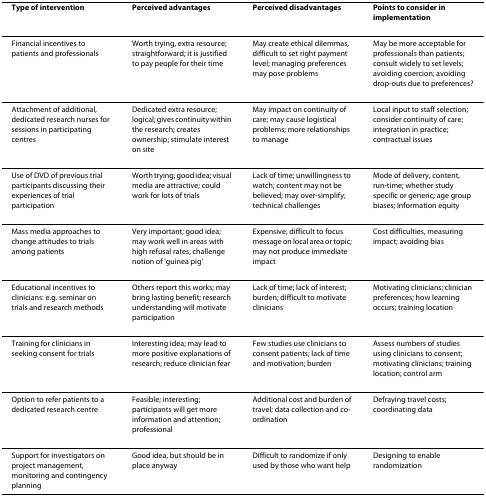
| Type of intervention | Perceived advantages | Perceived disadvantages | Points to consider in implementation |
 | --- | --- | --- | --- |
 | Financial incentives to patients and professionals | Worth trying, extra resource; straightforward; it is justified to pay people for their time | May create ethical dilemmas, difficult to set right payment level; managing preferences may pose problems | May be more acceptable for professionals than patients; consult widely to set levels; avoiding coercion; avoiding drop-outs due to preferences? |
 | Attachment of additional, dedicated research nurses for sessions in participating centres | Dedicated extra resource; logical; gives continuity within the research; creates ownership; stimulate interest on site | May impact on continuity of care; may cause logistical problems; more relationships to manage | Local input to staff selection; consider continuity of care; integration in practice; contractual issues |
 | Use of DVD of previous trial participants discussing their experiences of trial participation | Worth trying; good idea; visual media are attractive; could work for lots of trials | Lack of time; unwillingness to watch; content may not be believed; may over-simplify; technical challenges | Mode of delivery, content, run-time; whether study specific or generic; age group biases; Information equity |
 | Mass media approaches to change attitudes to trials among patients | Very important; good idea; may work well in areas with high refusal rates; challenge notion of 'guinea pig' | Expensive, difficult to focus message on local area or topic; may not produce immediate impact | Cost difficulties, measuring impact; avoiding bias |
 | Educational incentives to clinicians: e.g. seminar on trials and research methods | Others report this works; may bring lasting benefit; research understanding will motivate participation | Lack of time; lack of interest; burden; difficult to motivate clinicians | Motivating clinicians; clinician preferences; how learning occurs; training location |
 | Training for clinicians in seeking consent for trials | Interesting idea; may lead to more positive explanations of research; reduce clinician fear | Few studies use clinicians to consent patients; lack of time and motivation; burden | Assess numbers of studies using clinicians to consent; motivating clinicians; training location; control arm |
 | Option to refer patients to a dedicated research centre | Feasible; interesting; participants will get more information and attention; professional | Additional cost and burden of travel; data collection and co-ordination | Defraying travel costs; coordinating data |
 | Support for investigators on project management, monitoring and contingency planning | Good idea, but should be in place anyway | Difficult to randomize if only used by those who want help | Designing to enable randomization |